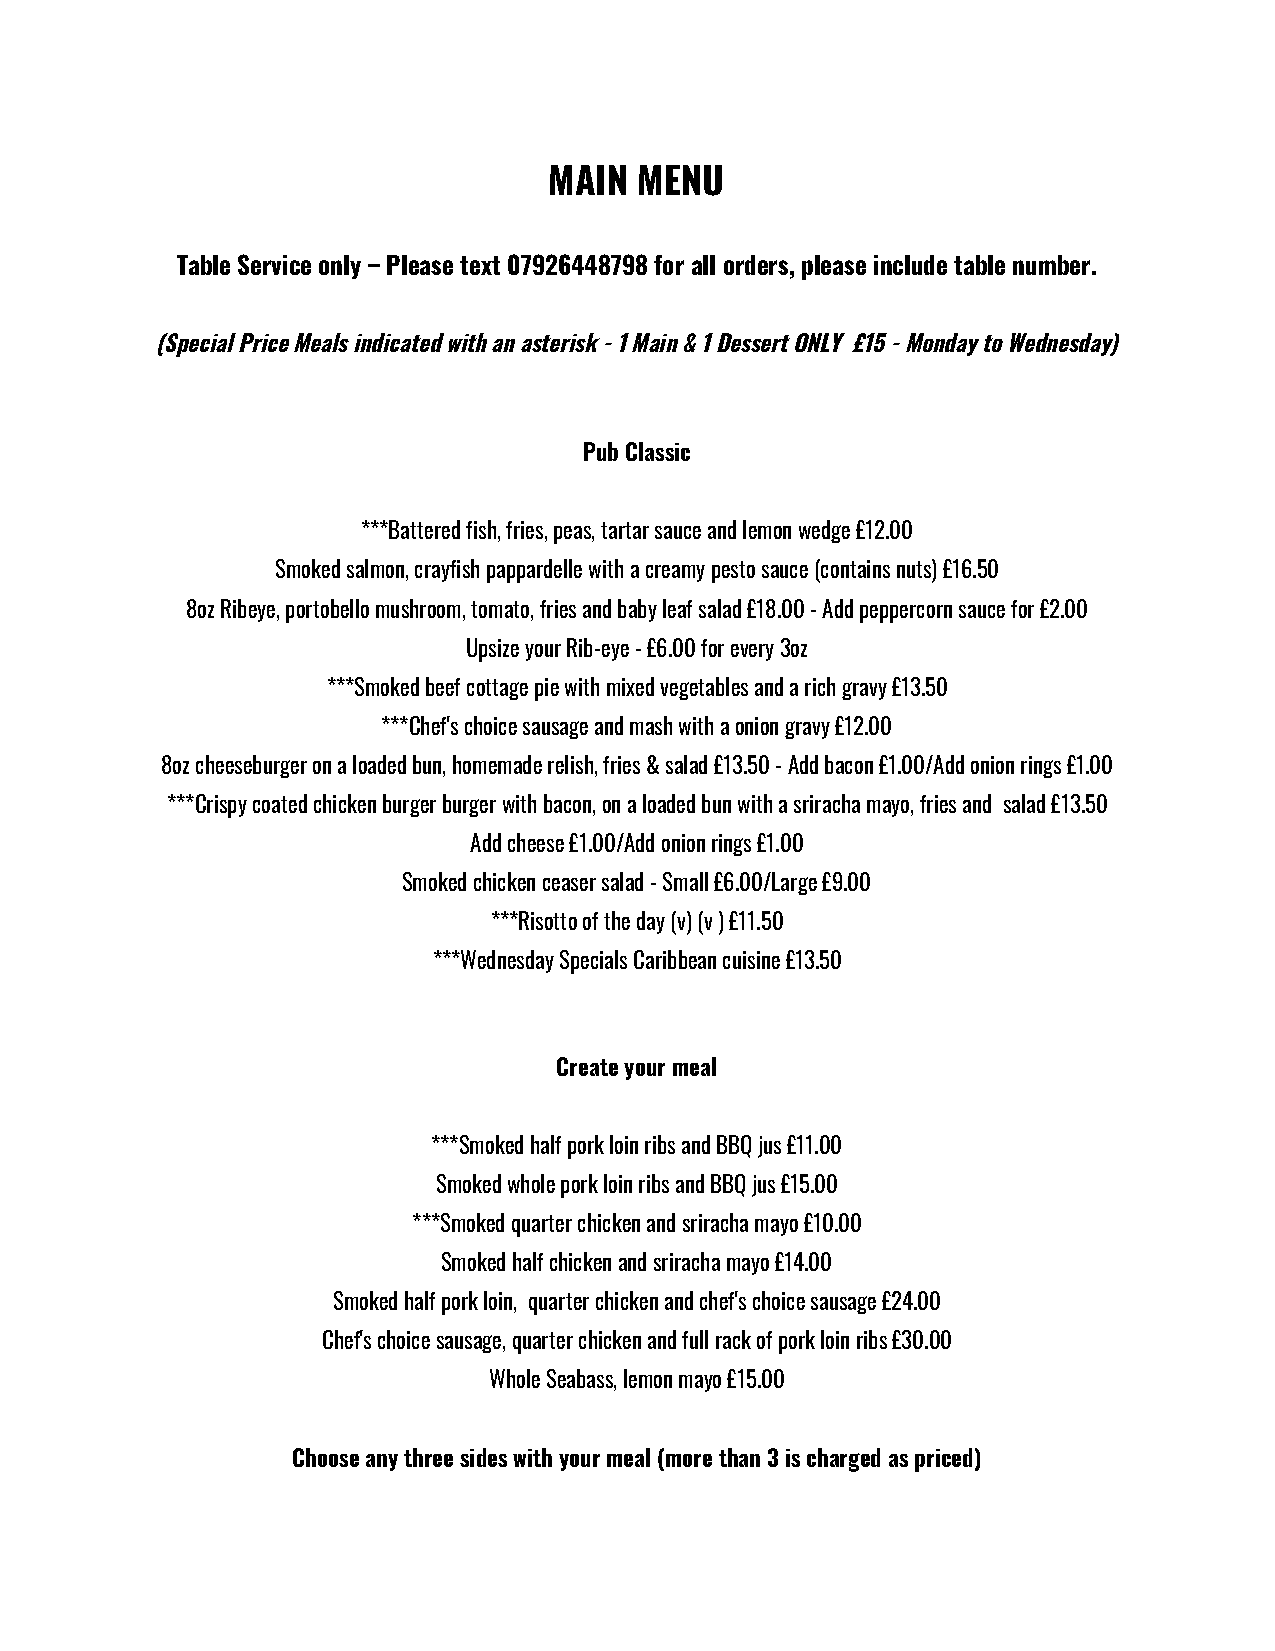
MAIN  MENU
 Table Service only – Please text 07926448798 for all orders, please include table number.
 (Special Price Meals indicated with an asterisk - 1 Main & 1 Dessert ONLY £15 - Monday to Wednesday)
 Pub Classic
 ***Battered fish, fries, peas, tartar sauce and lemon wedge £12.00
 Smoked salmon, crayfish pappardelle with a creamy pesto sauce (contains nuts) £16.50
 8oz Ribeye, portobello mushroom, tomato, fries and baby leaf salad £18.00 - Add peppercorn sauce for £2.00
 Upsize your Rib-eye - £6.00 for every 3oz
 ***Smoked beef cottage pie with mixed vegetables and a rich gravy £13.50
 ***Chef's choice sausage and mash with a onion gravy £12.00
 8oz cheeseburger on a loaded bun, homemade relish, fries & salad £13.50 - Add bacon £1.00/Add onion rings £1.00
 ***Crispy coated chicken burger burger with bacon, on a loaded bun with a sriracha mayo, fries and salad £13.50
 Add cheese £1.00/Add onion rings £1.00
 Smoked chicken ceaser salad - Small £6.00/Large £9.00
 ***Risotto of the day (v) (v ) £11.50
 ***Wednesday Specials Caribbean cuisine £13.50
 Create your meal
 ***Smoked half pork loin ribs and BBQ jus £11.00
 Smoked whole pork loin ribs and BBQ jus £15.00
 ***Smoked quarter chicken and sriracha mayo £10.00
 Smoked half chicken and sriracha mayo £14.00
 Smoked half pork loin, quarter chicken and chef's choice sausage £24.00
 Chef's choice sausage, quarter chicken and full rack of pork loin ribs £30.00
 Whole Seabass, lemon mayo £15.00
 Choose any three sides with your meal (more than 3 is charged as priced)